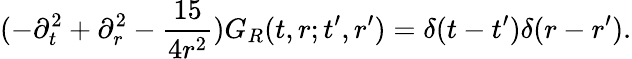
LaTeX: (-\partial_{t}^{2}+\partial_{r}^{2}-\frac{15}{4r^{2}})G_{R}(t,r;t^{\prime},r^{\prime})=\delta(t-t^{\prime})\delta(r-r^{\prime}).